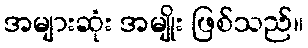
အများဆုံး အမျိုး ဖြစ်သည်။